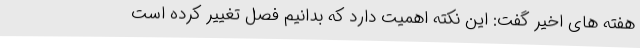
هفته های اخیر گفت: این نکته اهمیت دارد که بدانیم فصل تغییر کرده است